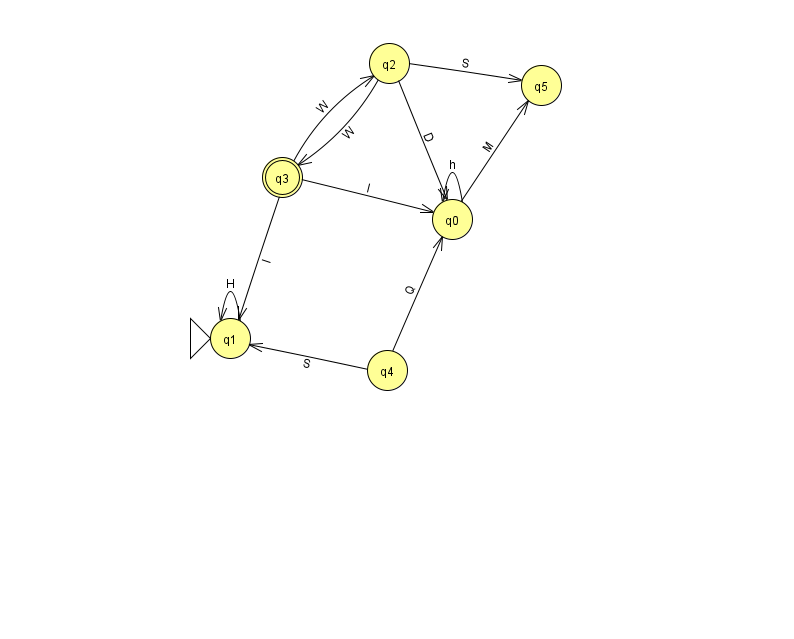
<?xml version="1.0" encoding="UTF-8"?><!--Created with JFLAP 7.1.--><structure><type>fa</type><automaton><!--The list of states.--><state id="0" name="q0"><x>452.0</x><y>206.0</y></state><state id="1" name="q1"><x>230.0</x><y>325.0</y><initial/></state><state id="2" name="q2"><x>389.0</x><y>50.0</y></state><state id="3" name="q3"><x>282.0</x><y>164.0</y><final/></state><state id="4" name="q4"><x>387.0</x><y>357.0</y></state><state id="5" name="q5"><x>541.0</x><y>72.0</y></state><!--The list of transitions.--><transition><from>3</from><to>1</to><read>I</read></transition><transition><from>4</from><to>0</to><read>Q</read></transition><transition><from>2</from><to>0</to><read>D</read></transition><transition><from>2</from><to>3</to><read>W</read></transition><transition><from>3</from><to>2</to><read>W</read></transition><transition><from>2</from><to>5</to><read>S</read></transition><transition><from>0</from><to>0</to><read>h</read></transition><transition><from>0</from><to>5</to><read>M</read></transition><transition><from>1</from><to>1</to><read>H</read></transition><transition><from>3</from><to>0</to><read>I</read></transition><transition><from>4</from><to>1</to><read>S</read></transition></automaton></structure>